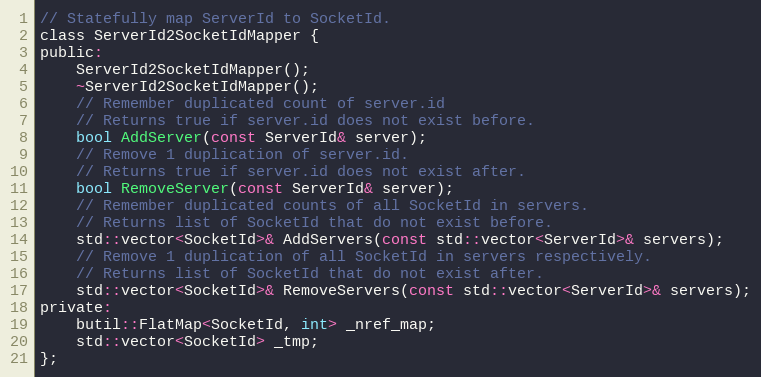
Language: C
// Statefully map ServerId to SocketId.
class ServerId2SocketIdMapper {
public:
    ServerId2SocketIdMapper();
    ~ServerId2SocketIdMapper();
    // Remember duplicated count of server.id
    // Returns true if server.id does not exist before.
    bool AddServer(const ServerId& server);
    // Remove 1 duplication of server.id.
    // Returns true if server.id does not exist after.
    bool RemoveServer(const ServerId& server);
    // Remember duplicated counts of all SocketId in servers.
    // Returns list of SocketId that do not exist before.
    std::vector<SocketId>& AddServers(const std::vector<ServerId>& servers);
    // Remove 1 duplication of all SocketId in servers respectively.
    // Returns list of SocketId that do not exist after.
    std::vector<SocketId>& RemoveServers(const std::vector<ServerId>& servers);
private:
    butil::FlatMap<SocketId, int> _nref_map;
    std::vector<SocketId> _tmp;
};